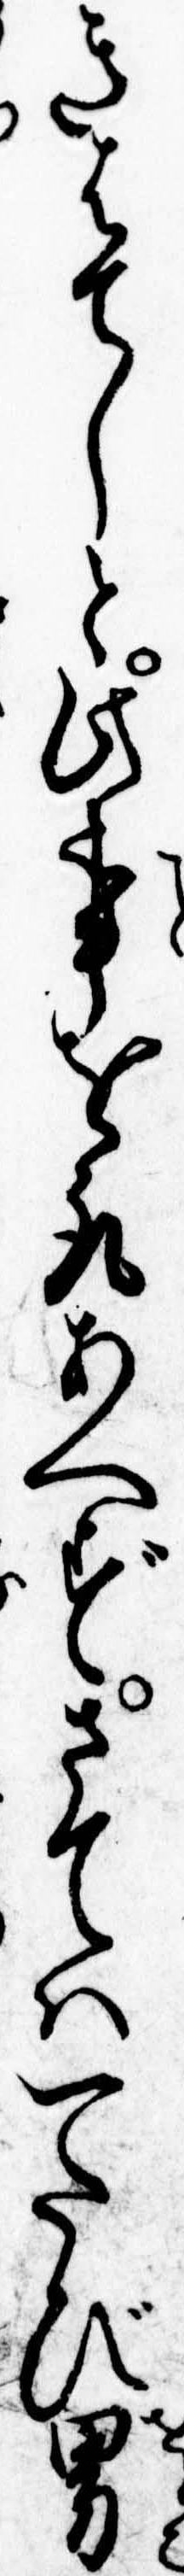
きはてしと此事を取あへずさては一たび男